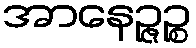
အာနေဉ္ဇဉ္စ